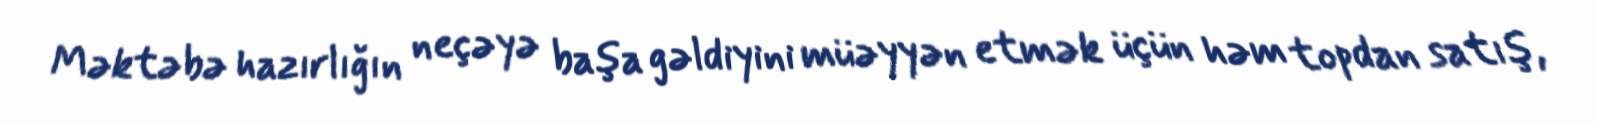
Məktəbə hazırlığın neçəyə başa gəldiyini müəyyən etmək üçün həm topdan satış,